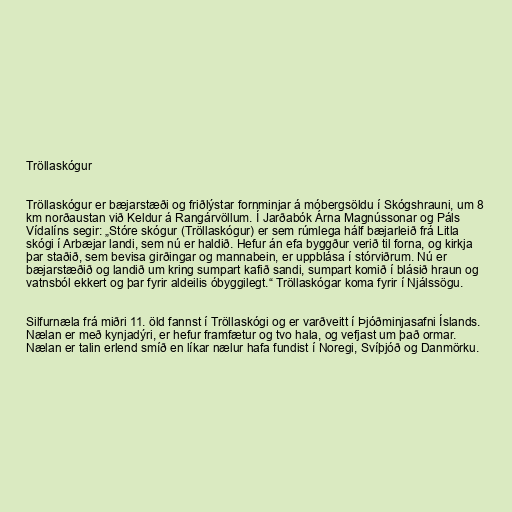
Tröllaskógur

Tröllaskógur er bæjarstæði og friðlýstar fornminjar á móbergsöldu í Skógshrauni, um 8
km norðaustan við Keldur á Rangárvöllum. Í Jarðabók Árna Magnússonar og Páls
Vídalíns segir: „Stóre skógur (Tröllaskógur) er sem rúmlega hálf bæjarleið frá Litla
skógi í Arbæjar landi, sem nú er haldið. Hefur án efa byggður verið til forna, og kirkja
þar staðið, sem bevisa girðingar og mannabein, er uppblása í stórviðrum. Nú er
bæjarstæðið og landið um kring sumpart kafið sandi, sumpart komið í blásið hraun og
vatnsból ekkert og þar fyrir aldeilis óbyggilegt.“ Tröllaskógar koma fyrir í Njálssögu.

Silfurnæla frá miðri 11. öld fannst í Tröllaskógi og er varðveitt í Þjóðminjasafni Íslands.
Nælan er með kynjadýri, er hefur framfætur og tvo hala, og vefjast um það ormar.
Nælan er talin erlend smíð en líkar nælur hafa fundist í Noregi, Svíþjóð og Danmörku.